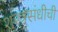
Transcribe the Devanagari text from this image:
शस्त्रसंधीची